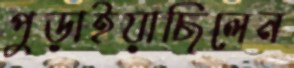
পুড়াইয়াছিলেন